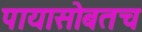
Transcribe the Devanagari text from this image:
पायासोबतच